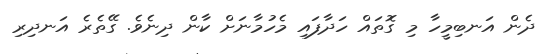
ދެން އަނބިމީހާ މި ގޮތައް ހަދާފައި މެހުމާނަށް ކާން ދިނެވެ. ގޭތެރެ އަނދިރި